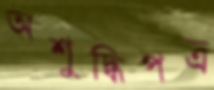
অশুদ্ধিপত্র